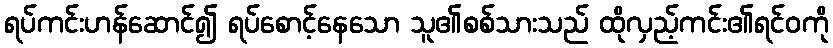
ရပ်ကင်းဟန်ဆောင်၍ ရပ်စောင့်နေသော သူ၏စစ်သားသည် ထိုလှည့်ကင်း၏ရင်ဝကို